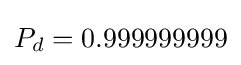
P_{d}=0.999999999